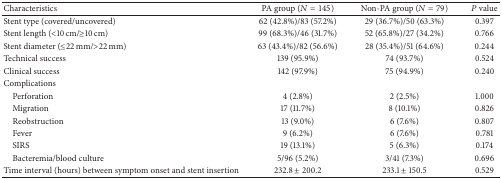
| Characteristics | PA group (N = 145) | Non-PA group (N = 79) | P value |
 | --- | --- | --- | --- |
 | Stent type (covered/uncovered) | 62 (42.8%)/83 (57.2%) | 29 (36.7%)/50 (63.3%) | 0.397 |
 | Stent length (<10 cm/≥10 cm) | 99 (68.3%)/46 (31.7%) | 52 (65.8%)/27 (34.2%) | 0.766 |
 | Stent diameter (≤22 mm/>22 mm) | 63 (43.4%)/82 (56.6%) | 28 (35.4%)/51 (64.6%) | 0.244 |
 | Technical success | 139 (95.9%) | 74 (93.7%) | 0.524 |
 | Clinical success | 142 (97.9%) | 75 (94.9%) | 0.240 |
 | Complications |  |  |  |
 | Perforation | 4 (2.8%) | 2 (2.5%) | 1.000 |
 | Migration | 17 (11.7%) | 8 (10.1%) | 0.826 |
 | Reobstruction | 13 (9.0%) | 6 (7.6%) | 0.807 |
 | Fever | 9 (6.2%) | 6 (7.6%) | 0.781 |
 | SIRS | 19 (13.1%) | 5 (6.3%) | 0.174 |
 | Bacteremia/blood culture | 5/96 (5.2%) | 3/41 (7.3%) | 0.696 |
 | Time interval (hours) between symptom onset and stent insertion | 232.8 ± 200.2 | 233.1 ± 150.5 | 0.529 |